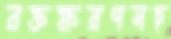
রক্তক্ষরণসহ